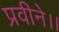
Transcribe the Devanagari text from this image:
प्रवीने।।